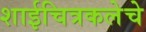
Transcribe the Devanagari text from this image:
शाईचित्रकलेचे